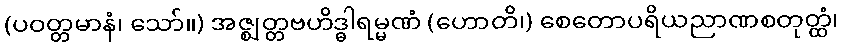
(ပဝတ္တမာနံ၊ သော်။) အဇ္ဈတ္တဗဟိဒ္ဓါရမ္မဏံ (ဟောတိ၊) စေတောပရိယညာဏစတုတ္ထံ၊